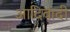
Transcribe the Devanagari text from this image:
आदिवादी